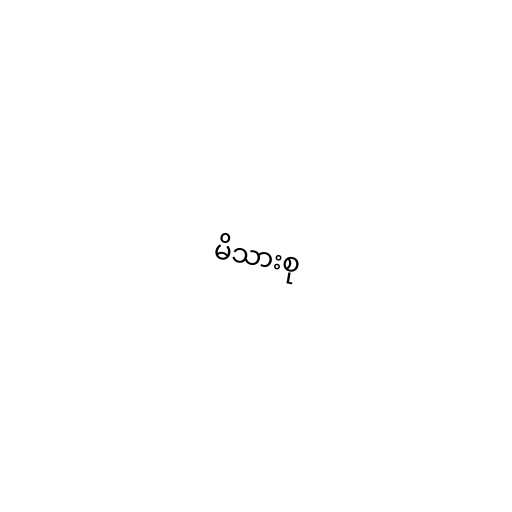
မိသားစု